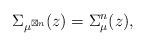
LaTeX: \begin{align*}\Sigma_{\mu^{\boxtimes n}}(z)=\Sigma_\mu^n(z),\end{align*}